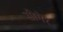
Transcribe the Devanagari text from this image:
सीगेर